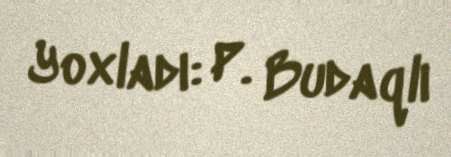
Yoxladı: P. Budaqlı